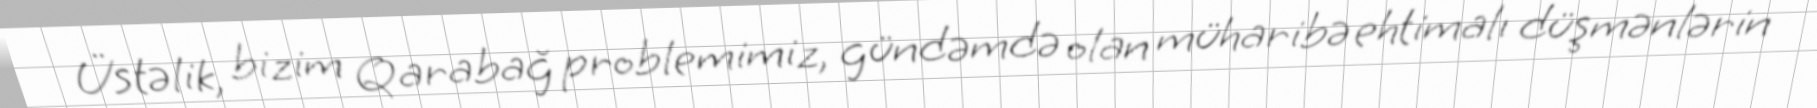
Üstəlik, bizim Qarabağ problemimiz, gündəmdə olan müharibə ehtimalı düşmənlərin